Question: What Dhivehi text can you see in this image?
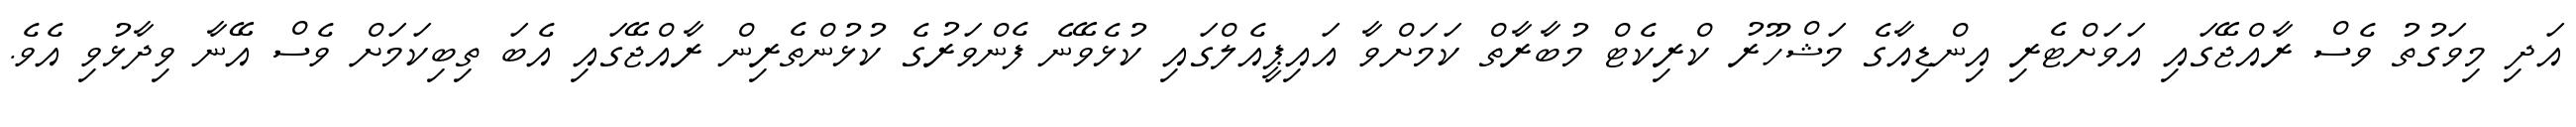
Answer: އަދި މިވަގުތު ވެސް ރާއްޖޭގައި އަވަށްޓެރި އިންޑިއާގެ މަޝްހޫރު ކްރިކެޓް މުބާރާތް ކަމަށްވާ އައިޕީއެލްގައި ކުޅެވޭނެ ފެންވަރުގެ ކުޅުންތެރިން ރާއްޖޭގައި އެބަ ތިބިކަމަށް ވެސް އޭނާ ވިދާޅުވި އެވެ.